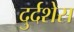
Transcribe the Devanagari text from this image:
दुर्दशेस